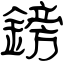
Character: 鎊